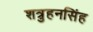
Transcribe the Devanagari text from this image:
शत्रुहनसिंह